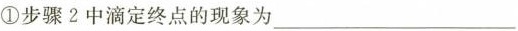
①步骤 2 中滴定终点的现象为___